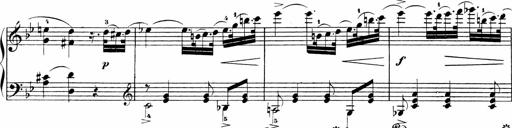
Title: Sonatinen Op.47, 98 und 136, nebst 6 Liedersonatinen
Composer: Carl Reinecke